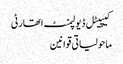
کیپیٹل ڈیولپمنٹ اتھارٹی
ماحولیاتی قوانین